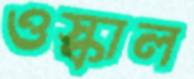
ওস্‌কাল